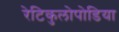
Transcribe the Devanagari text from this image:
रेटिकुलोपोडिया